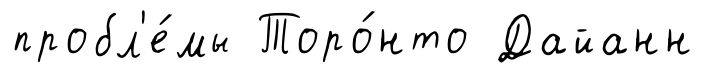
пробл'е́мы Торо́нто Дайанн